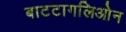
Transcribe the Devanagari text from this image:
बाटटागलिओन